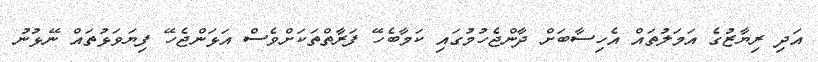
އަދި ރިޔާޒުގެ އަމަލުތައް އެހިސާބަށް ދާންޖެހުމުގައި ކަމާބެހޭ ފަރާތްތަކަށްވެސް އަޅަންޖެހޭ ފިޔަވަޅުތައް ނޭޅުނު